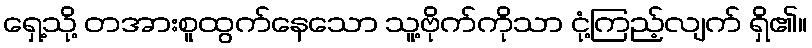
ရှေ့သို့ တအားစူထွက်နေသော သူ့ဗိုက်ကိုသာ ငုံ့ကြည့်လျက် ရှိ၏။